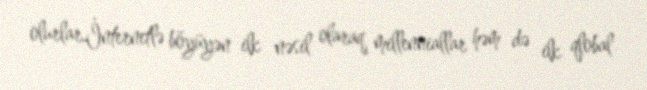
olurlar.İnternetlə böyüyən ilk nəsil olaraq millenniallar həm də ilk qlobal